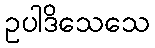
ဥပါဒိသေသေ